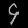
Digit: ၄